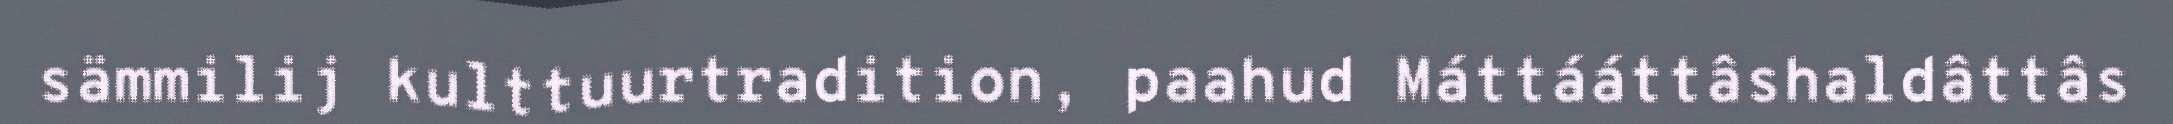
sämmilij kulttuurtradition, paahud Máttááttâshaldâttâs